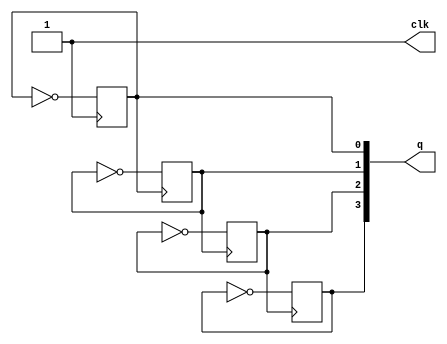
`timescale 1ns / 1ps
//////////////////////////////////////////////////////////////////////////////////
// Company: 
// Engineer: 
// 
// Design Name: 
// Module Name: asyn
// Project Name: 
// Target Devices: 
// Tool Versions: 
// Description: 
// 
// Dependencies: 
// 
// Revision:
// Revision 0.01 - File Created
// Additional Comments:
// 
//////////////////////////////////////////////////////////////////////////////////


module asyn(
output reg clk,
output reg[3:0]q
    );
    initial
    begin
    repeat(100)
     begin
        clk=0;#30
        clk=~clk;#20;
     end
    end
    initial
    begin
        q=4'b0000;
    end
    always@(negedge clk)
        q[0]<=~q[0];
    always@(negedge q[0])
        q[1]<=~q[1];
    always@(negedge q[1])
        q[2]<=~q[2];
    always@(negedge q[2])
        q[3]<=~q[3];                
    
endmodule